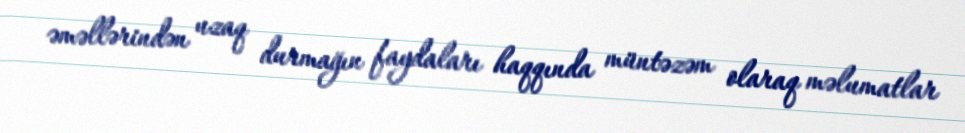
əməllərindən uzaq durmağın faydaları haqqında müntəzəm olaraq məlumatlar